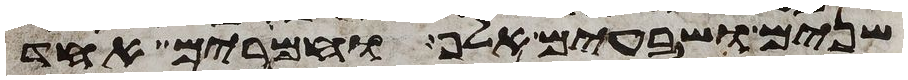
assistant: שנים ושבעים אלף וחמרים אחד